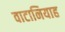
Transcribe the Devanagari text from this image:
वाटानियाह